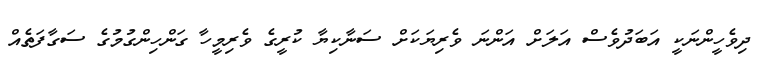
ދިވެހީންނަކީ އަބަދުވެސް އަލަށް އަންނަ ވެރިޔަކަށް ސަނާކިޔާ ކުރީގެ ވެރިމީހާ ގަންހިންގުމުގެ ސަގާފަތެއް